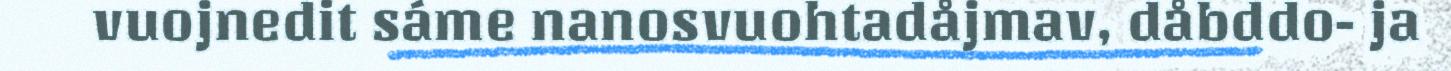
vuojnedit sáme nanosvuohtadåjmav, dåbddo- ja